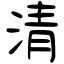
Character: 清